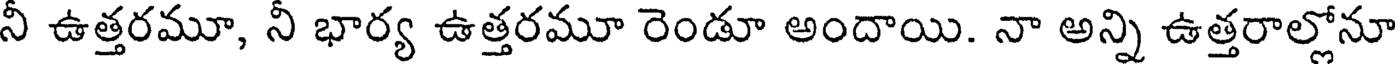
నీ ఉత్తరమూ, నీ భార్య ఉత్తరమూ రెండూ అందాయి. నా అన్ని ఉత్తరాల్లోనూ